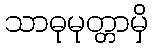
သာဓုမုတ္တာမှိ